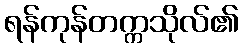
ရန်ကုန်တက္ကသိုလ်၏